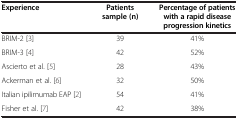
| Experience | Patients sample (n) | Percentage of patients with a rapid disease progression kinetics |
 | --- | --- | --- |
 | BRIM-2 [3] | 39 | 41% |
 | BRIM-3 [4] | 42 | 52% |
 | Ascierto et al. [5] | 28 | 43% |
 | Ackerman et al. [6] | 32 | 50% |
 | Italian ipilimumab EAP [2] | 54 | 41% |
 | Fisher et al. [7] | 42 | 38% |